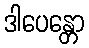
ဒါပေန္တော